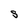
Character: S